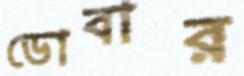
ডোবার